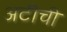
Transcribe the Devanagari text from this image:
अटीची